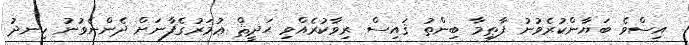
އިސްވެ ބަޔާންކުރެވުނު ފާޠިމާ ބިންތު ޤައިސް ރިވާކުރެއްވި ޙަދީޘް ޢުމަރުގެފާނަށް ދެންނެވުނު ހިނދު